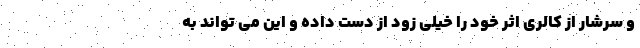
و سرشار از کالری اثر خود را خیلی زود از دست داده و این می تواند به